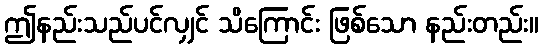
ဤနည်းသည်ပင်လျှင် သိကြောင်း ဖြစ်သော နည်းတည်း။